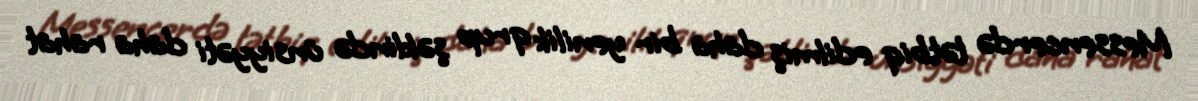
Messencerdə tətbiq edilmiş daha bir yenilik qrup şəklində ünsiyyəti daha rahat